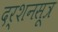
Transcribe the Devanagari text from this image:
दर्शनसूत्र